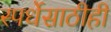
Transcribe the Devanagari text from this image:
स्पर्धेसाठीही